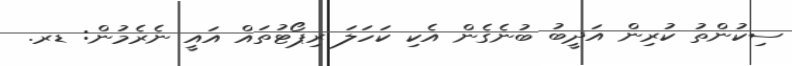
ސިކުންތު ކުރިން އަދީބު ބުނެގެން އެކި ކަހަލަ ރިޕޯޓުތައް އައީ ނެރެމުން: ޑރ.